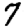
Digit: 7